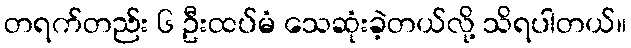
တရက်တည်း ၆ ဦးထပ်မံ သေဆုံးခဲ့တယ်လို့ သိရပါတယ်။